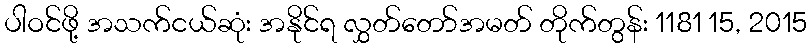
ပါဝင်ဖို့ အသက်ငယ်ဆုံး အနိုင်ရ လွှတ်တော်အမတ် တိုက်တွန်း 1181 15, 2015